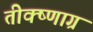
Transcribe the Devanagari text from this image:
तीक्ष्णाग्र